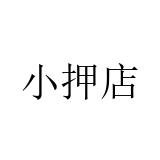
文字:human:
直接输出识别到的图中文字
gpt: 小押店